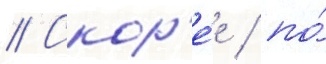
// Скор'е́е / по́